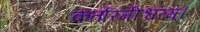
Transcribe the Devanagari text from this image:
कर्तारमीश्वरम्।